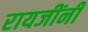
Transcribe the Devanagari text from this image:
रायजींनी